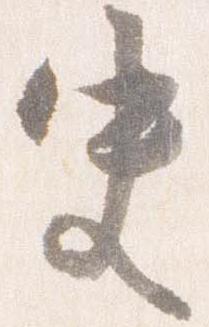
史